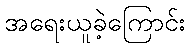
အရေးယူခဲ့ကြောင်း